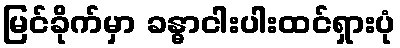
မြင်ခိုက်မှာ ခန္ဓာငါးပါးထင်ရှားပုံ